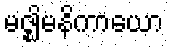
မဇ္ဈိမနိကာယော